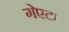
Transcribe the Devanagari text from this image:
गेएटा